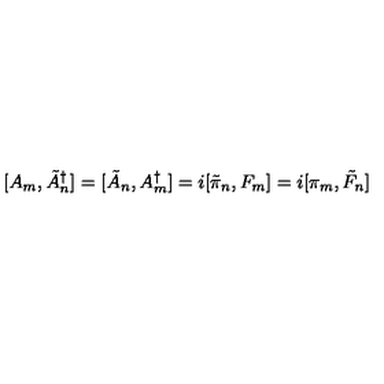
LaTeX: [ A _ { m } , \tilde { A } _ { n } ^ { \dagger } ] = [ \tilde { A } _ { n } , A _ { m } ^ { \dagger } ] = i [ \tilde { \pi } _ { n } , F _ { m } ] = i [ \pi _ { m } , \tilde { F } _ { n } ]